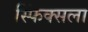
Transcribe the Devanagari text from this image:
स्फिंक्सला